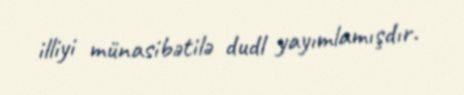
illiyi münasibətilə dudl yayımlamışdır.